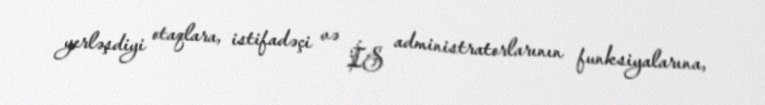
yerləşdiyi otaqlara, istifadəçi və İS administratorlarının funksiyalarına,